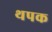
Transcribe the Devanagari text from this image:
थपक